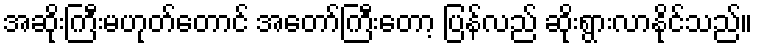
အဆိုးကြီးမဟုတ်တောင် အတော်ကြီးတော့ ပြန်လည် ဆိုးရွားလာနိုင်သည်။